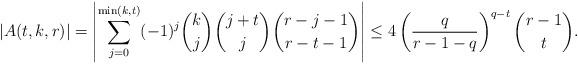
LaTeX: \begin{align*}|A(t,k,r)|=\left |\sum_{j=0}^{\min (k,t)}(-1)^j\binom{k}{j}\binom{j+t}{j}\binom{r-j-1}{r-t-1}\right|\leq 4\left(\frac{q}{r-1-q}\right)^{q-t}\binom{r-1}{t}.\end{align*}